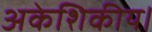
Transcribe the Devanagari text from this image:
अकेशिकीय।